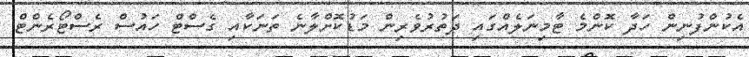
އެކުންފުނިން ހަދާ ކޮންމެ ޓާމިނަލެއްގައި ދަތުރުވެރިން މަޑުކޮށްލާނެ ތަނަކާއި ގެސްޓް ހައުސް ރެސްޓޯރެންޓް